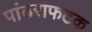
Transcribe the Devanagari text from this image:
पांढराफटक